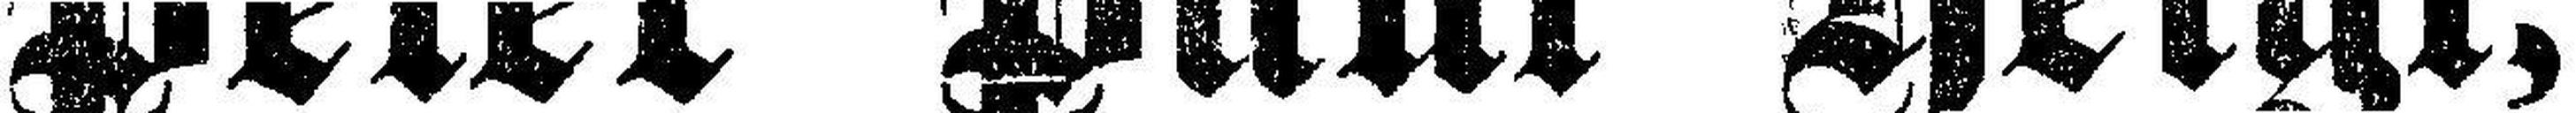
Peter Paul Hiegl,